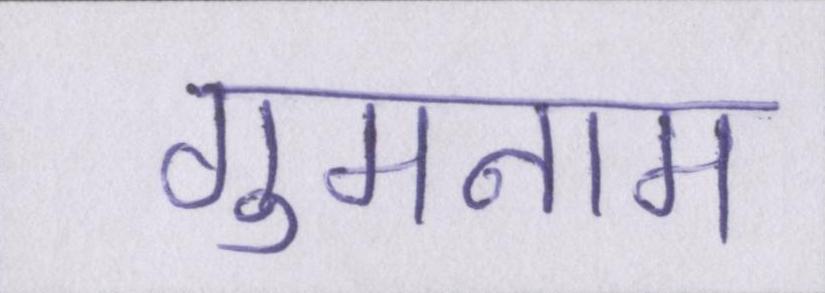
गुमनाम